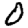
Digit: 0